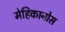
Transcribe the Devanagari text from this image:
मेहिकानोस